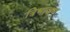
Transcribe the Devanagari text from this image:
त्रिभाजन